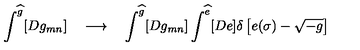
\int ^ { \widehat g } [ D g _ { m n } ] \quad \longrightarrow \quad \int ^ { \widehat g } [ D g _ { m n } ] \int ^ { \widehat e } [ D e ] \delta \left[ e ( \sigma ) - \sqrt { - g } \right]